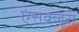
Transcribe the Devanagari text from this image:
एंसक्लूस